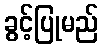
ခွင့်ပြုမည်